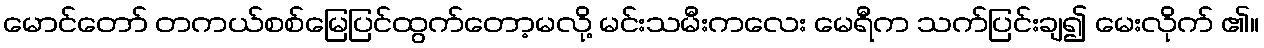
မောင်တော် တကယ်စစ်မြေပြင်ထွက်တော့မလို့ မင်းသမီးကလေး မေရီက သက်ပြင်းချ၍ မေးလိုက် ၏။